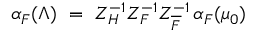
\alpha _ { F } ( \Lambda ) ~ = ~ Z _ { H } ^ { - 1 } Z _ { F } ^ { - 1 } Z _ { \overline { { F } } } ^ { - 1 } \, \alpha _ { F } ( \mu _ { 0 } )